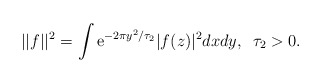
\begin{align*}||f||^2=\int {\mathrm e}^{-2\pi y^2/\tau_2}|f(z)|^2dxdy,\,\,\,\tau_2>0.\end{align*}